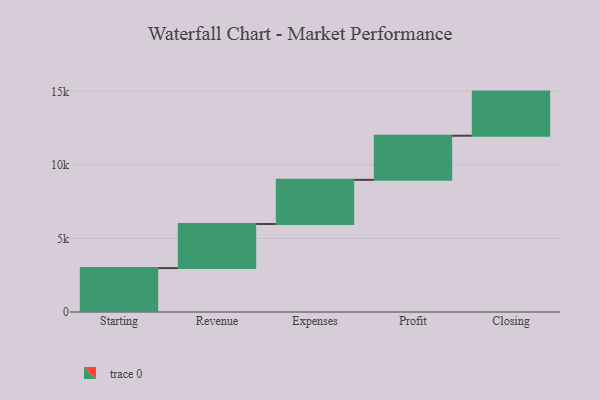
{"axis": {"x": "Step", "y": "Value"}, "legend": [""], "data": [{"x": "Starting", "y": 2983.0, "type": ""}, {"x": "Revenue", "y": 3000, "type": ""}, {"x": "Expenses", "y": 3000, "type": ""}, {"x": "Profit", "y": 3000, "type": ""}, {"x": "Closing", "y": 3000, "type": ""}]}